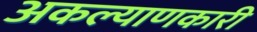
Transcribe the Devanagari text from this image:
अकल्याणकारी